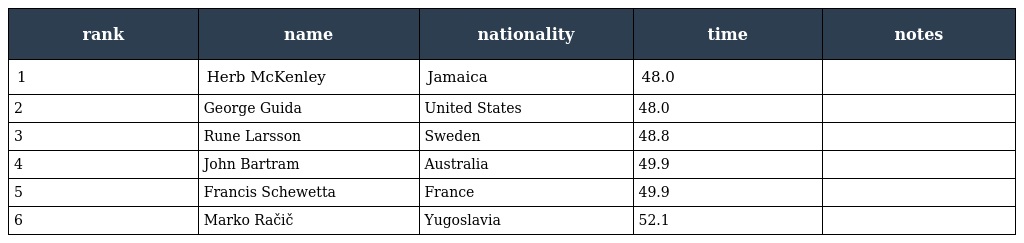
| rank | name | nationality | time | notes |
 | --- | --- | --- | --- | --- |
 | 1 | Herb McKenley | Jamaica | 48.0 |  |
 | 2 | George Guida | United States | 48.0 |  |
 | 3 | Rune Larsson | Sweden | 48.8 |  |
 | 4 | John Bartram | Australia | 49.9 |  |
 | 5 | Francis Schewetta | France | 49.9 |  |
 | 6 | Marko Račič | Yugoslavia | 52.1 |  |